Report on horse surra - Volume II, Part II
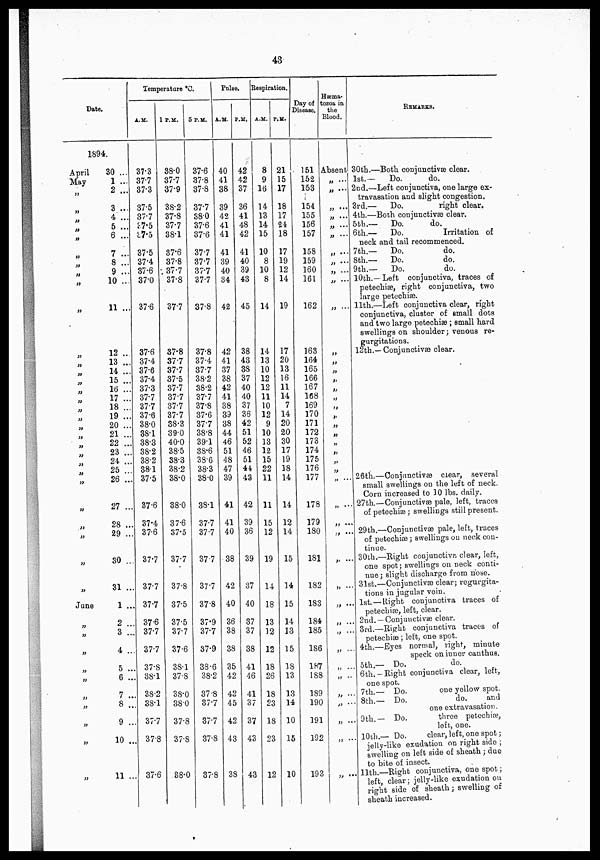
43
Date.
1894.
April
May
„
„
„
„
„
„
„
„
„
„
„
„
„
„
„
„
„
„
„
„
„
„
„
„
„
June
„
„
„
„
„
„
„
„
30 ...
1 ...
2 ...
3 ...
4 ...
5 ...
6 ...
7 ...
8 ...
9 ...
10 ...
11 ...
12 ...
13 ...
14 ...
15 ...
16 ...
17 ...
18 ...
19 ...
20 ...
21 ...
22 ...
23 ...
24 ...
25 ...
26 ...
27 ...
28 ...
29 ...
30 ...
31 ...
1 ...
2 ...
3 ...
4 ..
5 ..
6 ..
7 ..
8 ..
9 ..
10 ,.
11 ..
Temperature° C.
A.M.
37.3
37.7
37.3
37.5
37.7
3.7.5
37.5
37.5
37.4
37.6
37.0
37.6
37.6
37.4
37.6
37.4
37.3
37.7
37.7
37.6
38.0
38.1
38.3
38.2
38.2
38.1
37.5
37.6
37.4
37.6
37.7
37.7
37.7
37.6
37.7
37.7
37.8
38.1
38.2
38.1
37.7
37.8
37.6
1 P.M.
38.0
37.7
37.9
38.2
37.8
37.7
38.1
37.6
37.8
37.7
37.8
37.7
37.8
37.7
37.7
37.5
37.7
37.7
37.7
37.7
38.3
39.0
40.0
38.5
38.3
38.2
38.0
38.0
37.6
37.5
377
37.8
37.5
37.5
37.7
37.6
38.1
37.8
38.0
38.0
37.8
37.8
88.0
5 P.M.
37.6
37.8
37.8
37.7
38.0
37.6
37.6
377
377
377
377
37.8
37.8
37.4
37.7
38.2
38.2
37.7
37.8
37.6
37.7
38.8
39.1
38.6
38.6
38.3
38.0
38.1
37.7
37.7
37.7
37.7
37.8
37.9
37.7
37.9
38.6
38.2
37.8
37.7
377
37.8
37.8
Palse.
A.M.
40
41
38
39
42
41
41
41
39
40
34
42
42
41
37
38
42
41
38
39
38
44
46
51
48
47
39
41
41
40
38
42
40
36
38
38
35
42
42
45
42
43
38
P.M.
42
42
37
36
41
48
42
41
40
39
43
45
38
43
38
37
40
40
37
36
42
51
52
46
51
44
43
42
39
36
39
37
40
37
37
38
41
46
41
37
37
43
43
Respiration.
A.M.
8
9
16
14
13
14
15
10
8
10
8
14
14
13
10
12
12
11
10
12
9
10
13
12
15
22
11
11
15
12
19
14
18
13
12
12
18
26
18
23
18
23
12
P.M.
21
15
17
18
17
24 18
17
19
12
14
19
17
20
13
16
11
14
7
14
20
20
30
17
19
18
14
14
12
14
15
14
15
14
13
15
18
13
13
14
10
15
10
Day of
Disease.
151
152
153
154
155
156
157
158
159
160
161
162
163
164
165
166
167
168
169
170
171
172
173
174
175
176
177
178
179
180
181
182
183
184
185
186
187
188
189
190
191
192
193
Hæma.
tozoa in
the
Blood.
Absent
„ ...
„ ...
„ ...
„ ...
„ ...
„ ...
„ ....
„ ....
„ ...
„ ...
„ ...
„
„
„
„
„
„
„
„
„
„
„
„
„
„
„ ...
„ ....
„ ....
„ ....
„ ...
„ ....
„ .....
„ ...
„ ....
„ ...
„ ...
„ ....
„ ....
„ ....
REMARKS.
30th—Both conjunctivæclear.
1st.—
Do.
do.
2nd.—Left conjunctiva, one large ex-
travasation and slight congestion.
3rd.—
Do.
right clear.
4th.—Both conjunctivæ clear.
5th.—
Do.
do.
6th.—
Do.
Irritation of
neck and tail recommenced.
7th.—
Do.
do.
8h.—
Do.
do.
9th.—
Do.
do.
10th.—Left conjunctiva, traces of
petechiæ right conjunctiva, two
large petechiæ.
11th.—Left conjunctiæ clear, right
conjunctiva, cluster of small dots
and two large petechiæ ; small hard
swellings on shoulder; venous re-
gurgitations.
12th.—Coiunctivæ clear
26th.—Conjunctivæ clear, several
small swellings on the left of neck.
Corn increased to 10 lbs. daily.
27th.—Conjunctivæ pale, left, traces
of petechiæ ; swellings still present.
29th.—Conjunctivæ pale, left, traces
of petechias; swellings onneck con-
tinue.
30th-Right conjunctiva clear, left,
one spot; swellings on neck conti-
nue ; slight discharge from nose.
31st.—Conjunctivæ clear; regurgita-
tions in jugular vein.
1st. — Right conjunctiva traces of
petechiæ, left, clear.
2nd. —Conjunctivæ clear.
3rd,—Right conjunctiva traces of
petechiæ; left, one spot.
4th.—Eyes normal, right, minute
speck on inner canthus.
5th.— Do.
do.
6th.-Right conjunctiva clear, left,
one spot.
7th.-
Do.
one yellow spot.
8th'.— Do.
do.
and
one extravasation.
9th.— Do.
three petechiæ,
left, one.
10th.— Do.
clear, left, one spot;
jelly-like exudation on right side ;
swelling on left side of sheath; due
to bite of insect.
. 11th.—Right conjunctiva, one spot;
left, clear; jelly-like exudation on
right side of sheath; swelling of
sheath increased.